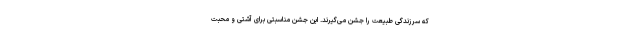
که سرزندگی طبیعت را جشن می‌گیرند. این جشن مناسبتی برای آشتی و محبت